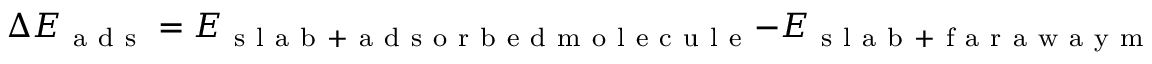
\Delta E _ { \mathrm { ~ a ~ d ~ s ~ } } = E _ { \mathrm { ~ s ~ l ~ a ~ b ~ + ~ a ~ d ~ s ~ o ~ r ~ b ~ e ~ d ~ m ~ o ~ l ~ e ~ c ~ u ~ l ~ e ~ } } - E _ { \mathrm { ~ s ~ l ~ a ~ b ~ + ~ f ~ a ~ r ~ a ~ w ~ a ~ y ~ m ~ o ~ l ~ e ~ c ~ u ~ l ~ e ~ } } .